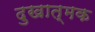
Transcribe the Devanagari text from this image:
दुखात्मक